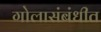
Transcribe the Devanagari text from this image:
गोलासंबंधीत